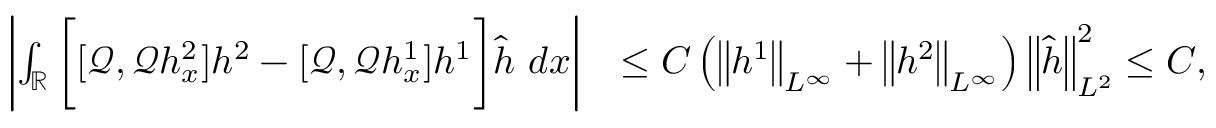
\begin{array} { r l } { \left| \int _ { \mathbb R } \bigg [ [ \mathscr { Q } , \mathscr { Q } h _ { x } ^ { 2 } ] h ^ { 2 } - [ \mathscr { Q } , \mathscr { Q } h _ { x } ^ { 1 } ] h ^ { 1 } \bigg ] \widehat { h } \ d x \right| } & { \leq C \left( \left\| h ^ { 1 } \right\| _ { L ^ { \infty } } + \left\| h ^ { 2 } \right\| _ { L ^ { \infty } } \right) \left\| \widehat { h } \right\| _ { L ^ { 2 } } ^ { 2 } \leq C , } \end{array}